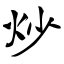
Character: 炒